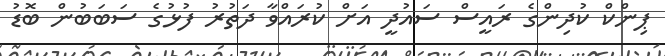
ޕިންކް ކުދިންގެ ރައީސް ސައުދީ އަށް ކުރައްވާ ދަތުރު ފުޅުގެ ސަބަބުން ބޮޑު